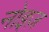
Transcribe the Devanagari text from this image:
नोइज़